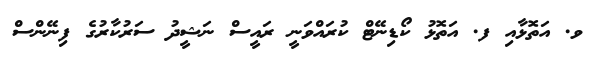
ވ. އަތޮޅާއި ފ. އަތޮޅު ކޯޑިނޭޓް ކުރައްވަނީ ރައީސް ނަޝީދު ސަރުކާރުގެ ފިނޭންސް